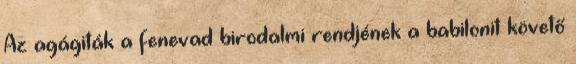
Az agágiták a fenevad birodalmi rendjének a babilonit követő